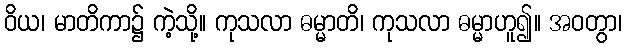
ဝိယ၊ မာတိကာ၌ ကဲ့သို့။ ကုသလာ ဓမ္မာတိ၊ ကုသလာ ဓမ္မာဟူ၍။ အဝတွာ၊